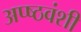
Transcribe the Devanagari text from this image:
अप्ष्ठवंशी